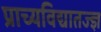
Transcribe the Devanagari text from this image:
प्राच्यविद्यातज्‍ज्ञ